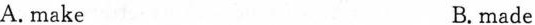
A. make B. made